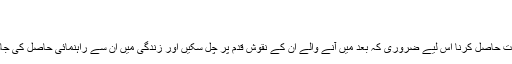
(ناصف)
حدیث نبوی کے چند محافظ
اپنے اسلاف کے حالات او ران کے کارناموں سے واقفیت حاصل کرنا اس لیے ضروری کہ بعد میں آنے والے ان کے نقوشِ قدم پر چل سکیں اور زندگی میں ان سے راہنمائی حاصل کی جاسکے اوراسلاف کے کارناموں کو زندہ رکھا جا سکے ۔